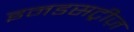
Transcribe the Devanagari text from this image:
इनडसट्रीज़